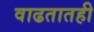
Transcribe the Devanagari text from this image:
वाढतातही